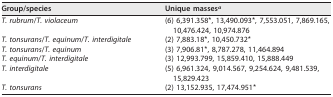
<table><thead><tr><td><b>Group/species</b></td><td><b>Unique masses<sup><i>a</i></sup></b></td></tr></thead><tbody><tr><td>T. rubrum/T. violaceum</td><td>(6) 6,391.358*, 13,490.093*, 7,553.051, 7,869.165, 10,476.424, 10,974.876</td></tr><tr><td>T. tonsurans/T. equinum/T. interdigitale</td><td>(2) 7,883.18*, 10,450.732*</td></tr><tr><td>T. tonsurans/T. equinum</td><td>(3) 7,906.81*, 8,787.278, 11,464.894</td></tr><tr><td>T. equinum/T. interdigitale</td><td>(3) 12,993.799, 15,859.410, 15,888.449</td></tr><tr><td>T. interdigitale</td><td>(5) 6,961.324, 9,014.567, 9,254.624, 9,481.539, 15,829.423</td></tr><tr><td>T. tonsurans</td><td>(2) 13,152.935, 17,474.951*</td></tr></tbody></table>